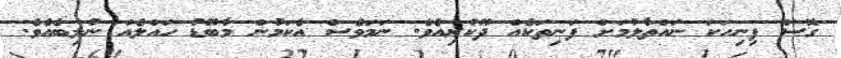
ގޮސް ފިނިހަކަ ނައްތާލުމަށް ފަނިތަކެއް ދޫކުރިއެވެ. ނަމަވެސް އެކަމުން މާބޮޑު ހައްލެއް ނުލިބެއެވެ.